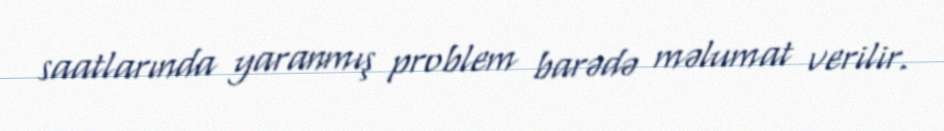
saatlarında yaranmış problem barədə məlumat verilir.